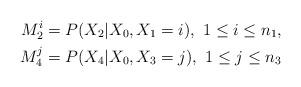
LaTeX: \begin{align*}M_2^i&=P(X_2|X_0,X_1=i),\ 1\le i\le n_1,\\M_4^j&=P(X_4|X_0,X_3=j),\ 1\le j\le n_3\end{align*}